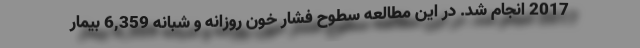
2017 انجام شد. در این مطالعه سطوح فشار خون روزانه و شبانه 6,359 بیمار